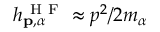
h _ { \mathbf { p } , \alpha } ^ { \mathrm { ~ H ~ F ~ } } \approx p ^ { 2 } / 2 m _ { \alpha }